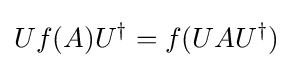
Uf(A)U^{\dagger }=f(UAU^{\dagger })